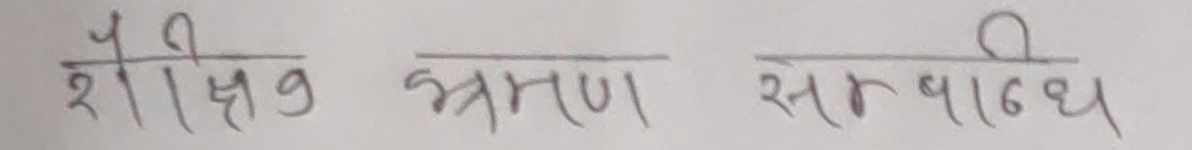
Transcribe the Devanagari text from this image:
शैक्षिक भ्रमण सम्बन्धि